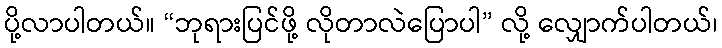
ပို့လာပါတယ်။ “ဘုရားပြင်ဖို့ လိုတာလဲပြောပါ” လို့ လျှောက်ပါတယ်၊